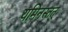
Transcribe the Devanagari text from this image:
यमिनस्तत्